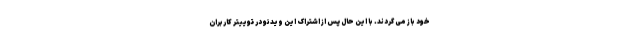
خود باز می گردند. با این حال پس از اشتراک این ویدئو در توییتر کاربران